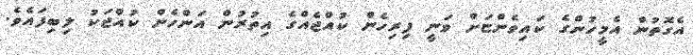
އެގޮތުން އެމީހުންގެ ކައިވެންޏަށް ވަނީ ފިރިހެން ކުއްޖެއްގެ އިތުރުން އަންހެން ކުއްޖަކު ލިބިފައެވެ.